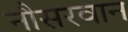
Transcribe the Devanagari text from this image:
नौसरवान